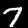
Digit: 7